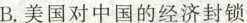
B.美国对中国的经济封锁